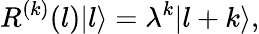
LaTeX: R^{(k)}(l)|l\rangle=\lambda^{k}|l+k\rangle,